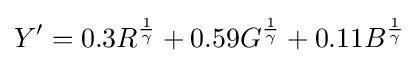
Y'=0.3R^{\frac {1}{\gamma }}+0.59G^{\frac {1}{\gamma }}+0.11B^{\frac {1}{\gamma }}